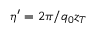
\eta ^ { \prime } = 2 \pi / q _ { 0 } z _ { T }